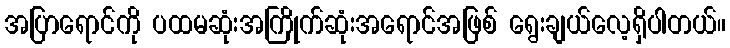
အပြာရောင်ကို ပထမဆုံးအကြိုက်ဆုံးအရောင်အဖြစ် ရွေးချယ်လေ့ရှိပါတယ်။